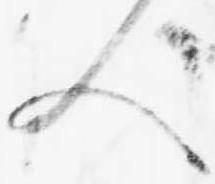
人